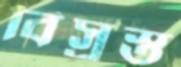
বিস্রস্ত